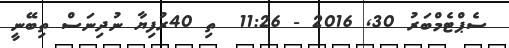
ސެޕްޓެމްބަރު 30